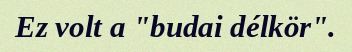
Ez volt a "budai délkör".